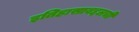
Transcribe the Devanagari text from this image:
इतिहासाबद्दलची